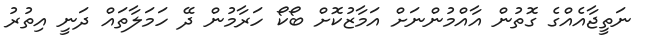
ނަތީޖާއެއްގެ ގޮތުން އާއްމުންނަށް އަމާޒުކޮށް ބޯކޯ ހަރާމުން ދޭ ހަމަލާތައް ދަނީ އިތުރު